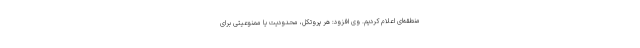
منطقه‌ای اعلام کردیم. وی افزود: هر پروتکل، محدودیت یا ممنوعیتی برای